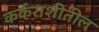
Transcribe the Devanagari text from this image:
कर्कराशीतील